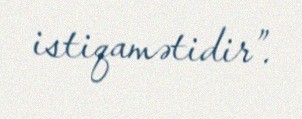
istiqamətidir”.